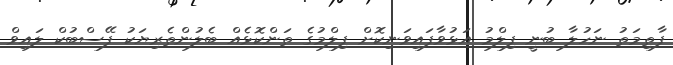
ފާތިމަތު ނަހުލާ ބުނީ ފިލްމު އަޅުވާފައިވަނިކޮށް ފިލްމުގެ ތަންކޮޅެއް ބެލުންތެރިޔަކު ފޭސްބުކް ލައިވް